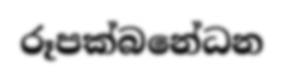
රූපක්බනේධන